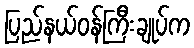
ပြည်နယ်ဝန်ကြီးချုပ်က